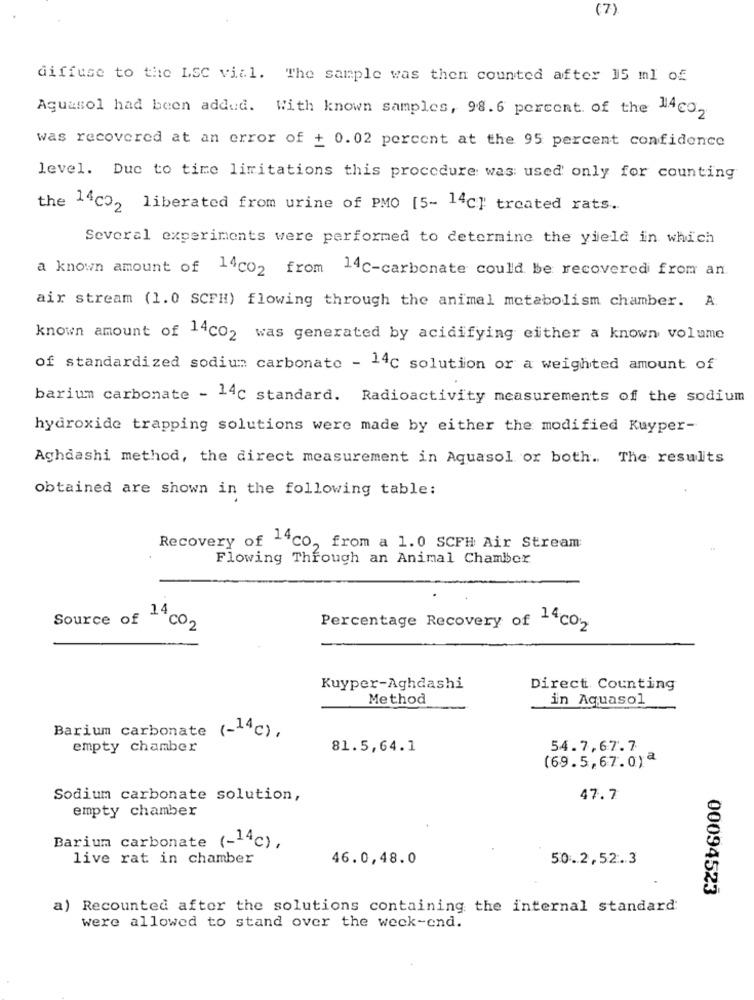
(7)
diffuse to the LSC vial. The sample was then counted after 15 ml of
Aquasol had been added. With known samples, 98.6 percent of the 14co2
was recovered at an error of + 0.02 percent at the 95 percent confidence
level. Due to time limitations this procedure was used only for counting
the 14℃), liberated from urine of PMO [5- 14c]' treated rats.
Several experiments were performed to determine the yield in which
a known amount of 14co2 from 14c-carbonate could be recovered from an
air stream (1.0 SCFH) flowing through the animal metabolism chamber. A.
known amount of 14Co2 was generated by acidifying either a known volume
of standardized sodium carbonate - 14c solution or a weighted amount of
barium carbonate - 14c standard. Radioactivity measurements of the sodium
hydroxide trapping solutions were made by either the modified Kuyper-
Aghdashi method, the direct measurement in Aquasol or both .. The results
obtained are shown in the following table:
Recovery of 14co, from a 1.0 SCFH Air Stream:
Flowing Through an Animal Chambor
14
Source of aCO2
Percentage Recovery of 14co2
Kuyper-Aghdashi
Direct Counting
Method
in Aquasol
Barium carbonate (-14c) .
empty chamber
81.5,64.1
54.7,67.7
(69.5,67.0)ª
Sodium carbonate solution,
47.7
empty chamber
Barium carbonate (-14c),
live rat in chamber
46.0,48.0
50.2,52.3
00094523
a) Recounted after the solutions containing the internal standard
were allowed to stand over the week-end.